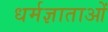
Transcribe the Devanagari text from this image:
धर्मज्ञाताओं